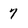
Character: 7